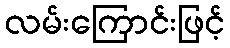
လမ်းကြောင်းဖြင့်